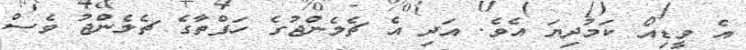
އެ ވީޑިއޯ ކަމުދިޔަ އެވެ. އަދި އެ ޗެލެންޖުގެ ހަފްތާގެ ޗެލެންޖު ވެސް